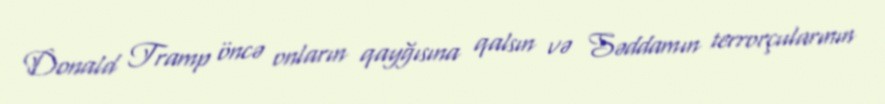
Donald Tramp öncə onların qayğısına qalsın və Səddamın terrorçularının